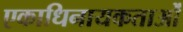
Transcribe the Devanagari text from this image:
एकाधिनायकताओं